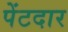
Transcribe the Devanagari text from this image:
पेंटदार